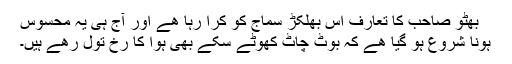
بھٹو صاحب کا تعارف اس بھُلکڑ سماج کو کرا رہا ھے اور آج ہی یہ محسوس
ہونا شروع ہو گیا ھے کہ بُوٹ چاٹ کھوٹے سِکے بھی ہوا کا رُخ تول رھے ہیں۔